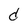
Character: d